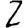
Digit: 2